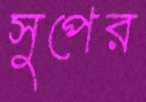
সুপের